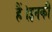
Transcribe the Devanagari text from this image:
हैं।इनकी